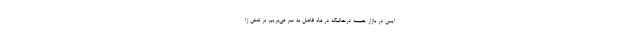
ایمن در بازار حبیبه درحالیکه در ماه فاضل به سر می‌بریم، بر تنش زا